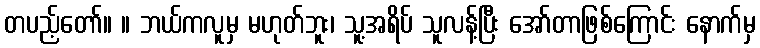
တပည့်တော်။ ။ ဘယ်ကလူမှ မဟုတ်ဘူး၊ သူ့အရိပ် သူလန့်ပြီး အော်တာဖြစ်ကြောင်း နောက်မှ